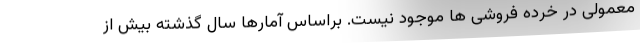
معمولی در خرده فروشی ها موجود نیست. براساس آمارها سال گذشته بیش از